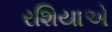
રશિયાએ